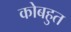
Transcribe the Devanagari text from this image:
कोबहुत